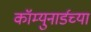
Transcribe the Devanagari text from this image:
कॉम्युनार्डच्या